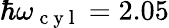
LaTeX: \hbar\omega_{\mathrm{~c~y~l~}}=2.05